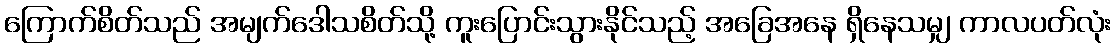
ကြောက်စိတ်သည် အမျက်ဒေါသစိတ်သို့ ကူးပြောင်းသွားနိုင်သည့် အခြေအနေ ရှိနေသမျှ ကာလပတ်လုံး